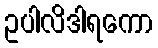
ဥပါလိဒါရကော